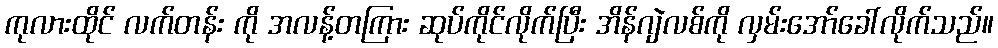
ကုလားထိုင် လက်တန်း ကို အလန့်တကြား ဆုပ်ကိုင်လိုက်ပြီး အိန်ဂျဲလစ်ကို လှမ်းအော်ခေါ်လိုက်သည်။